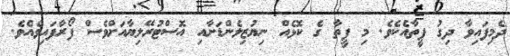
ދެމިފައިވާ ދިގު ފީތާއެކެވެ. މި ފީތާ ގެ ކޮޅެއް ނިޔުޒިލެންޑަށާއި އޮސްޓުރޭލިޔާއަށްވެސް ފޯރާފައިވެއެވެ.